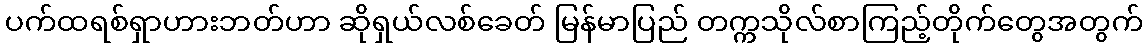
ပက်ထရစ်ရှာဟားဘတ်ဟာ ဆိုရှယ်လစ်ခေတ် မြန်မာပြည် တက္ကသိုလ်စာကြည့်တိုက်တွေအတွက်